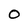
Character: 0